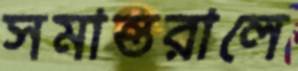
সমান্তরালে